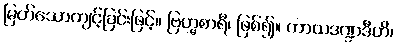
မြတ်သောကျင့်ခြင်းဖြင့်။ ဗြဟ္မစာရီ၊ ဖြစ်၍။ ကာယဒဏ္ဍဒီဟိ၊